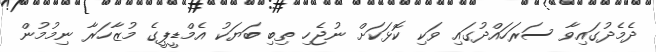
ދެމެދުގައިވާ ސަރަހައްދުގައި ވަކި ކޮޅަކަށް ނުޖެހި ތިބި ބަޔަކު އެމްޑީޕީގެ މުޒާހަރާ ނިމުމުން